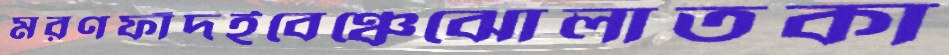
মরণফাঁদইবেঞ্চেঝোলাতকা